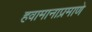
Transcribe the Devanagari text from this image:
हवामानाप्रमाणे